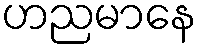
ဟညမာနေ